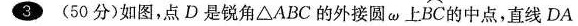
3 (50分)如图，点D是锐角△ABC的外接圆ω \widehat{BC} 的中点，直线DA